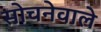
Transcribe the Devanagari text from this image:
सोचनेवाले